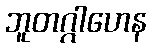
ဘူတဂ္ဂါဟေန